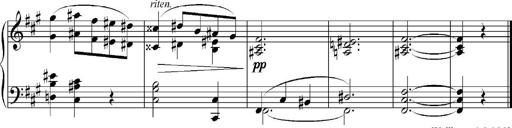
Title: Sonatina No.5
Composer: Otto Stoll
Key: F-sharp minor